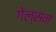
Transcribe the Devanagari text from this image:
गेल्सन